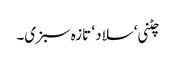
چٹنی ‘ سلاد ‘ تازہ سبزی۔